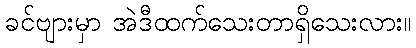
ခင်ဗျားမှာ အဲဒီထက်သေးတာရှိသေးလား။